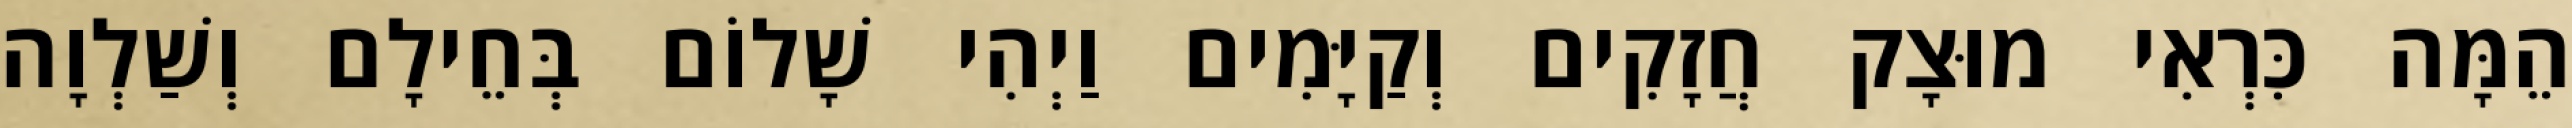
הֵמָּה כִּרְאִי מוּצָק חֲזָקִים וְקַיָּמִים וַיְהִי שָׁלוֹם בְּחֵילָם וְשַׁלְוָה